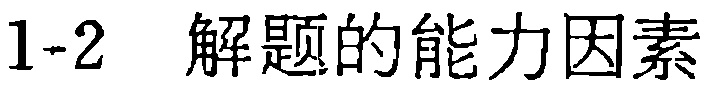
1-2 解题的能力因素